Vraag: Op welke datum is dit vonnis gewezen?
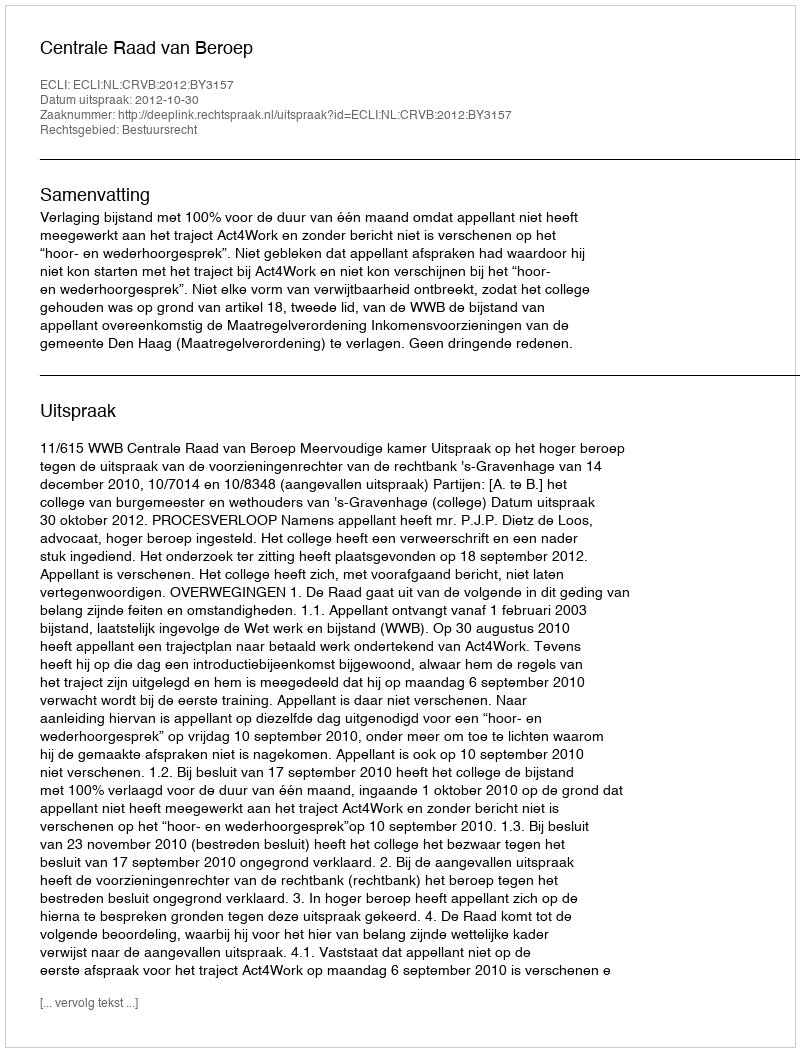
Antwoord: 2012-10-30